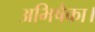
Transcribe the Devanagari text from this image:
अभिषैका।